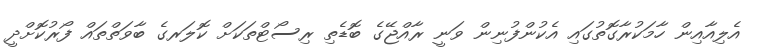
އެލިއާއިން ހާމަކުރާގޮތުގައި އެކުންފުނިން ވަނީ ރާއްޖޭގެ ބޮޑެތި ރިސޯޓްތަކަށް ކޮލަރގެ ބާވަތްތައް ފޯރުކޮށްދީ